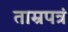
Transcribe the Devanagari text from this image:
ताम्रपत्रं